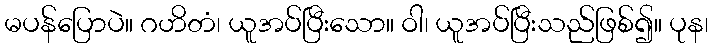
မပန်ပြောပဲ။ ဂဟိတံ၊ ယူအပ်ပြီးသော။ ဝါ၊ ယူအပ်ပြီးသည်ဖြစ်၍။ ပုန၊